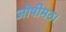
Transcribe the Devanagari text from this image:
जोषीमठ।